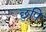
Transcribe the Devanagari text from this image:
छुपि